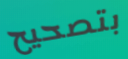
بتصحيح